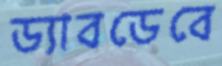
ড্যাবডেবে